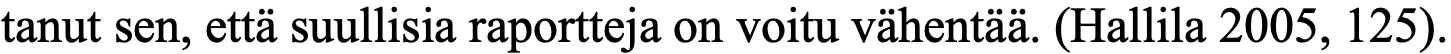
tanut sen, että suullisia raportteja on voitu vähentää. (Hallila 2005, 125).